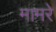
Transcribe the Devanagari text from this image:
मामरे